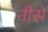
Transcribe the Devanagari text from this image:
नीसे